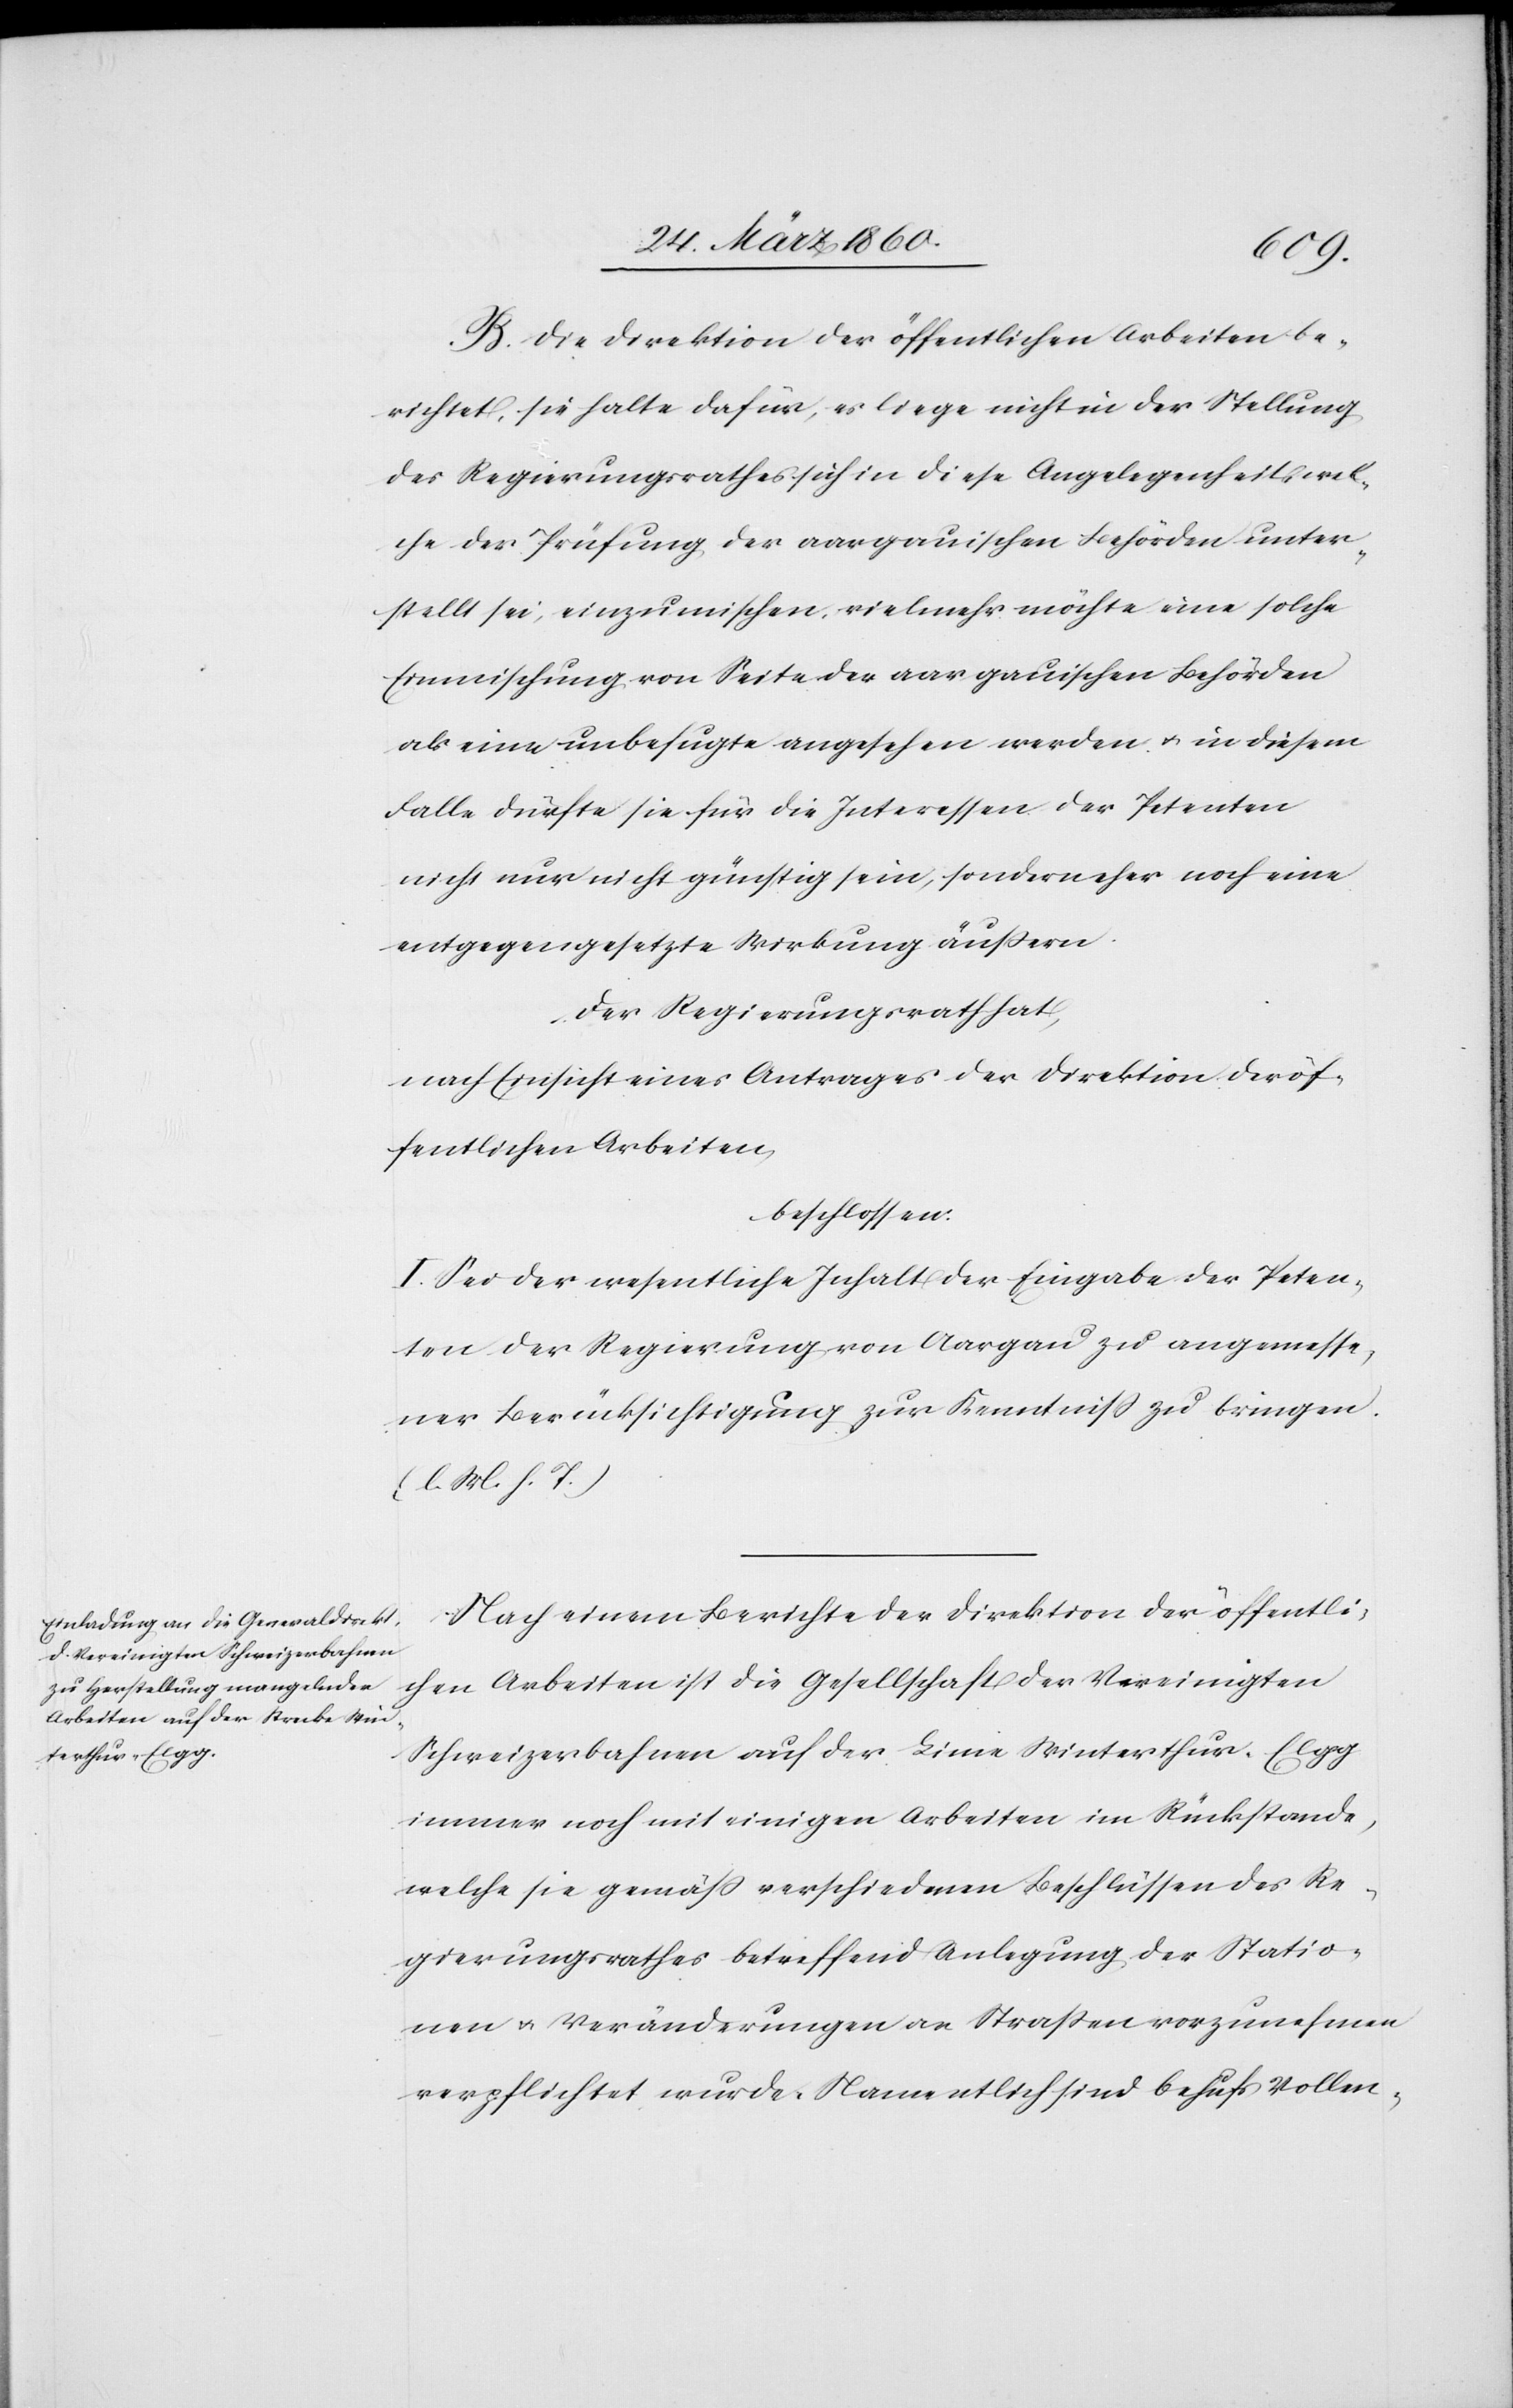
B. Die Direktion der öffentlichen Arbeiten be¬
richtet, sie halte dafür, es liege nicht in der Stellung
des Regierungsrathes sich in diese Angelegenheit wel¬
che der Prüfung, der aargauischen Behörden unter¬
stellt sei, einzumischen, vielmehr möchte eine solche
Einmischung von Seite der aargauischen Behörden
als eine unbefugte angesehen werden u. in diesem
Falle dürfte sie für die Interessen der Petenten
nicht nur nicht günstig sein, sondern eher noch eine
entgegengesetzte Wirkung äußern.
Der Regierungsrath hat,
nach Einsicht eines Antrages der Direktion der öf¬
fentlichen Arbeiten,
beschlossen:
I. Sei der wesentliche Inhalt der Eingabe der Peten¬
ten der Regierung von Aargau zu angemesse¬
ner Berücksichtigung zur Kenntniß zu bringen.
[l. M. h. T]
Nach einem Berichte der Direktion der öffentli¬
chen Arbeiten ist die Gesellschaft der Vereinigten
Schweizerbahnen auf der Linie Winterthur–Elgg
immer noch mit einigen Arbeiten im Rückstande,
welche sie gemäss verschiedenen Beschlüssen des Re¬
gierungsrathes betreffend Anlegung der Statio¬
nen u. Veränderungen an Strassen vorzunehmen
verpflichtet wurde. Namentlich sind behufs Vollen-